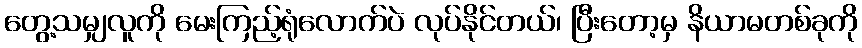
တွေ့သမျှလူကို မေးကြည့်ရုံလောက်ပဲ လုပ်နိုင်တယ်၊ ပြီးတော့မှ နိယာမတစ်ခုကို